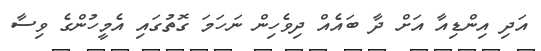
އަދި އިންޑިއާ އަށް ދާ ބައެއް ދިވެހިން ނަހަމަ ގޮތުގައި އެމީހުންގެ ވިސާ